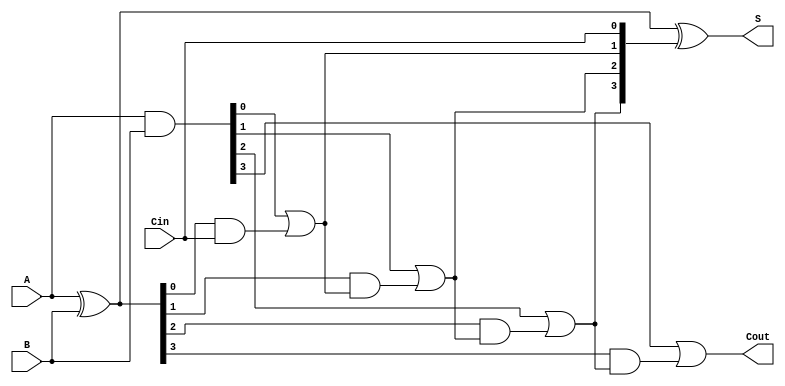
module carry_lookahead_adder (
    input [3:0] A,     // 4-bit input A
    input [3:0] B,     // 4-bit input B
    input Cin,         // Carry-in
    output [3:0] S,    // 4-bit Sum output
    output Cout        // Carry-out
);

    // Generate and Propagate signals
    wire [3:0] G; // Generate signals
    wire [3:0] P; // Propagate signals
    wire [4:0] C; // Carry signals

    // Generate and Propagate logic
    assign G = A & B;          // Gi = Ai AND Bi
    assign P = A ^ B;          // Pi = Ai XOR Bi

    // Carry signals calculation
    assign C[0] = Cin;         // C0 = Cin
    assign C[1] = G[0] | (P[0] & C[0]); // C1 = G0 OR (P0 AND C0)
    assign C[2] = G[1] | (P[1] & C[1]); // C2 = G1 OR (P1 AND C1)
    assign C[3] = G[2] | (P[2] & C[2]); // C3 = G2 OR (P2 AND C2)
    assign C[4] = G[3] | (P[3] & C[3]); // C4 = G3 OR (P3 AND C3)

    // Sum calculation
    assign S = P ^ C[3:0]; // Si = Pi XOR Ci

    // Final Carry-out
    assign Cout = C[4]; // Cout = C4

endmodule